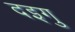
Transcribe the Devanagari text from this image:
दइगु